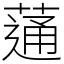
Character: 蓪